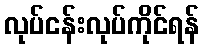
လုပ်ငန်းလုပ်ကိုင်ရန်